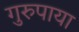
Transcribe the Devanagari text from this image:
गुरुपाया